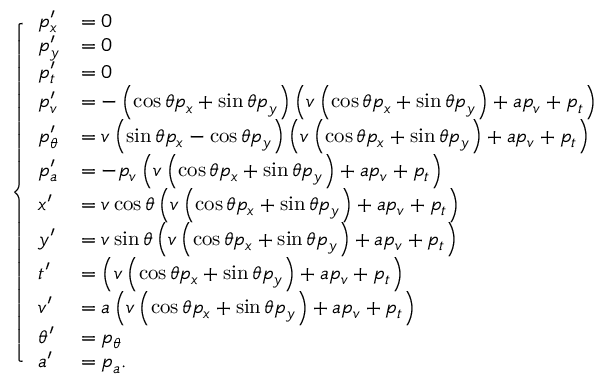
\left\{ \begin{array} { l l } { p _ { x } ^ { \prime } } & { = 0 } \\ { p _ { y } ^ { \prime } } & { = 0 } \\ { p _ { t } ^ { \prime } } & { = 0 } \\ { p _ { v } ^ { \prime } } & { = - \left( \cos \theta p _ { x } + \sin \theta p _ { y } \right) \left( v \left( \cos \theta p _ { x } + \sin \theta p _ { y } \right) + a p _ { v } + p _ { t } \right) } \\ { p _ { \theta } ^ { \prime } } & { = v \left( \sin \theta p _ { x } - \cos \theta p _ { y } \right) \left( v \left( \cos \theta p _ { x } + \sin \theta p _ { y } \right) + a p _ { v } + p _ { t } \right) } \\ { p _ { a } ^ { \prime } } & { = - p _ { v } \left( v \left( \cos \theta p _ { x } + \sin \theta p _ { y } \right) + a p _ { v } + p _ { t } \right) } \\ { x ^ { \prime } } & { = v \cos \theta \left( v \left( \cos \theta p _ { x } + \sin \theta p _ { y } \right) + a p _ { v } + p _ { t } \right) } \\ { y ^ { \prime } } & { = v \sin \theta \left( v \left( \cos \theta p _ { x } + \sin \theta p _ { y } \right) + a p _ { v } + p _ { t } \right) } \\ { t ^ { \prime } } & { = \left( v \left( \cos \theta p _ { x } + \sin \theta p _ { y } \right) + a p _ { v } + p _ { t } \right) } \\ { v ^ { \prime } } & { = a \left( v \left( \cos \theta p _ { x } + \sin \theta p _ { y } \right) + a p _ { v } + p _ { t } \right) } \\ { \theta ^ { \prime } } & { = p _ { \theta } } \\ { a ^ { \prime } } & { = p _ { a } . } \end{array} \right.